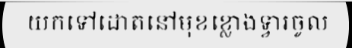
យកទៅដោតនៅមុខខ្លោងទ្វារចូល